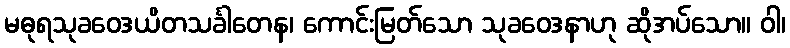
မဓုရသုခဝေဒယိတသင်္ခါတေန၊ ကောင်းမြတ်သော သုခဝေဒနာဟု ဆိုအပ်သော။ ဝါ၊